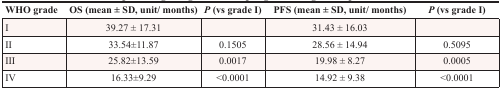
| WHO grade | OS (mean ± SD, unit/months) | P (vs grade I) | PFS (mean ± SD, unit/months) | P (vs grade I) |
 | --- | --- | --- | --- | --- |
 | I | 39.27 ± 17.31 |  | 31.43 ± 16.03 |  |
 | II | 33.54±11.87 | 0.1505 | 28.56 ± 14.94 | 0.5095 |
 | III | 25.82±13.59 | 0.0017 | 19.98 ± 8.27 | 0.0005 |
 | IV | 16.33±9.29 | <0.0001 | 14.92 ± 9.38 | <0.0001 |